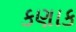
કણાક